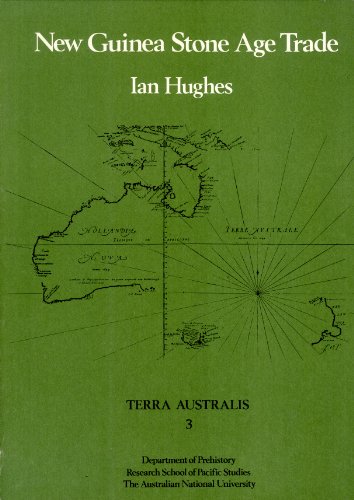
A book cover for New Guinea Stone Age trade: The geography and ecology of traffic in the interior (Terra Australis); Ian Hughes; History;